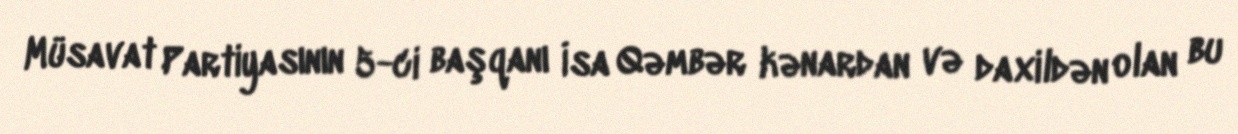
Müsavat Partiyasının 5-ci başqanı İsa Qəmbər kənardan və daxildən olan bu